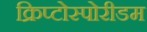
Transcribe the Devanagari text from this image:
क्रिप्टोस्पोरीडम